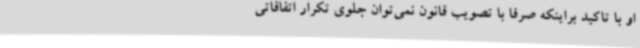
او با تاکید براینکه صرفا با تصویب قانون نمی‌توان جلوی تکرار اتفاقاتی